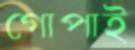
গোপাই